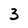
Character: 3